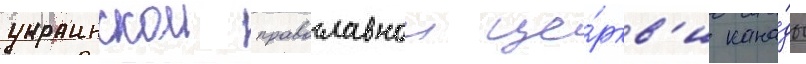
украинскои православнои це́ркв'и кана́ды